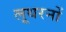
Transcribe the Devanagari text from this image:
लूथरनों